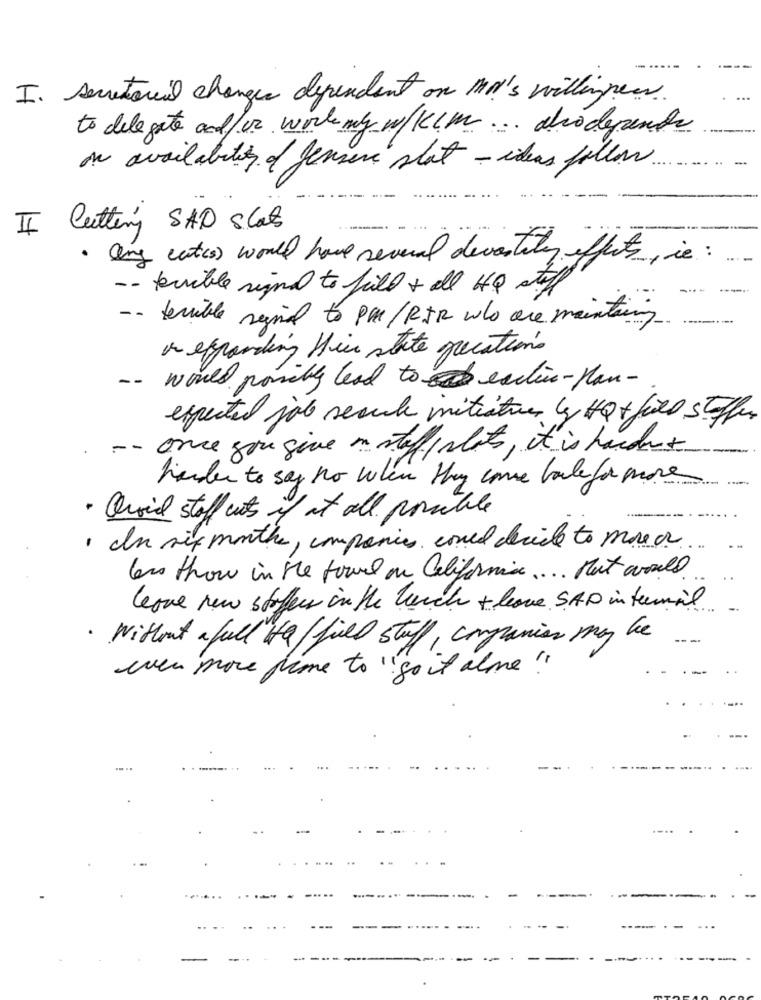
-----
I. secretarial changes dependent on MO's willing peer
to dele gate and/or work my w/KLM ... dico deposite
on availability of genere stat - ideas follow.
II Cutting SAD slat
any cartes) would have several devostity effects, ie:
-- terrible signal to fill + all HO stoff
-- terrible signal to PM / RIR who are maintaining
an expanding their state grecations
-- would posibly lead to exclin-plan-
expected job recule initiativer y Hat field stoffer
-- once you give mostof slots, it is hardet
harder to say no when they come bale far more
· Quaid staff cats if at all pointale
· In six months, companies could decide to more or ...
las thow in the tower on California .... not would.
love new stoffen in the beach + leave SAD in fuemail
· Without afull "to fill stuff, companies may be
even more time to " soit alme "